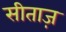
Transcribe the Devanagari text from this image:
सीताज़